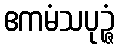
ဧကမံသပုဉ္ဇံ